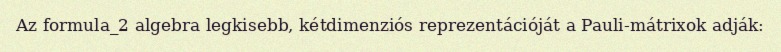
Az formula_2 algebra legkisebb, kétdimenziós reprezentációját a Pauli-mátrixok adják: